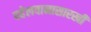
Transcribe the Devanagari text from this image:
पहेलवानासारखी